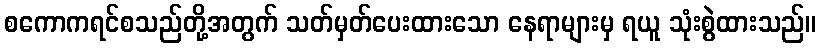
စကောကရင်စသည်တို့အတွက် သတ်မှတ်ပေးထားသော နေရာများမှ ရယူ သုံးစွဲထားသည်။